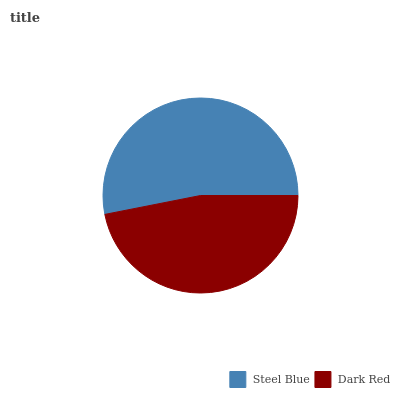
| Steel Blue | Dark Red |
 | --- | --- |
 | 53.1% | 46.9% |